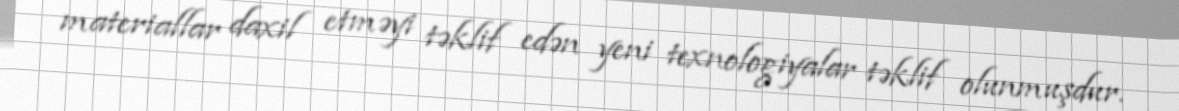
materiallar daxil etməyi təklif edən yeni texnologiyalar təklif olunmuşdur.